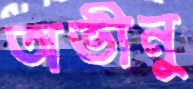
অভীনু